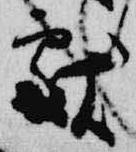
献